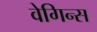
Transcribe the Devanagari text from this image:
वेगिन्स